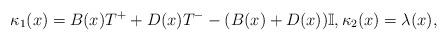
LaTeX: \begin{align*} \kappa_1(x)=B(x) T^{+}+D(x) T^{-}-(B(x)+D(x)) \mathbb{I},\kappa_2(x)=\lambda(x),\end{align*}